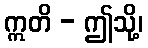
ဣတိ - ဤသို့၊